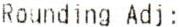
ROUNDING ADJ: